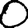
Digit: 0